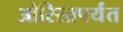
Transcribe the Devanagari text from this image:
ओरिसापर्यंत